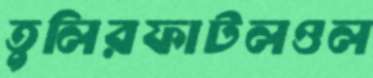
তুলিরফাটলওল